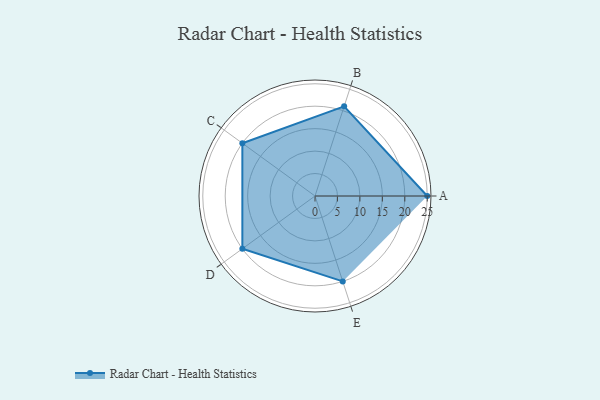
{"axis": {"x": "Skill", "y": "Score"}, "legend": ["Profile"], "data": [{"x": "A", "y": 25.0, "type": "Profile"}, {"x": "B", "y": 21.0, "type": "Profile"}, {"x": "C", "y": 20.0, "type": "Profile"}, {"x": "D", "y": 20, "type": "Profile"}, {"x": "E", "y": 20, "type": "Profile"}]}